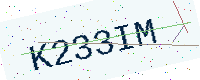
Text: K233IM